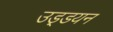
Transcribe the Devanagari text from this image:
उड़्डयन